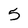
Character: 5